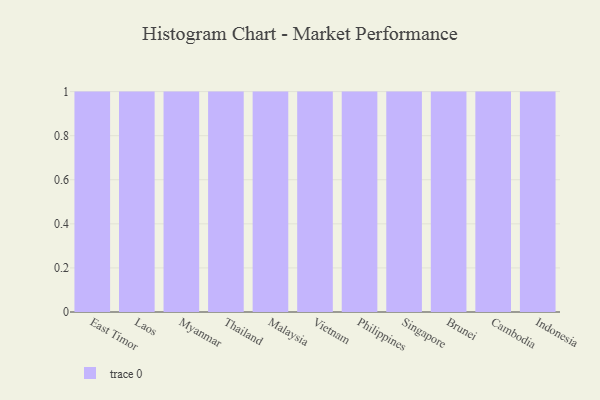
{"axis": {"x": "Country", "y": "Headcount"}, "legend": [""], "data": [{"x": "East Timor", "y": 8, "type": ""}, {"x": "Laos", "y": 41, "type": ""}, {"x": "Myanmar", "y": 98, "type": ""}, {"x": "Thailand", "y": 52, "type": ""}, {"x": "Malaysia", "y": 65, "type": ""}, {"x": "Vietnam", "y": 100, "type": ""}, {"x": "Philippines", "y": 91, "type": ""}, {"x": "Singapore", "y": 100, "type": ""}, {"x": "Brunei", "y": 81, "type": ""}, {"x": "Cambodia", "y": 89, "type": ""}, {"x": "Indonesia", "y": 9, "type": ""}]}